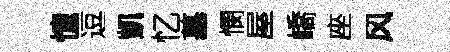
憧逗凱忆墓憫屋嶠座风